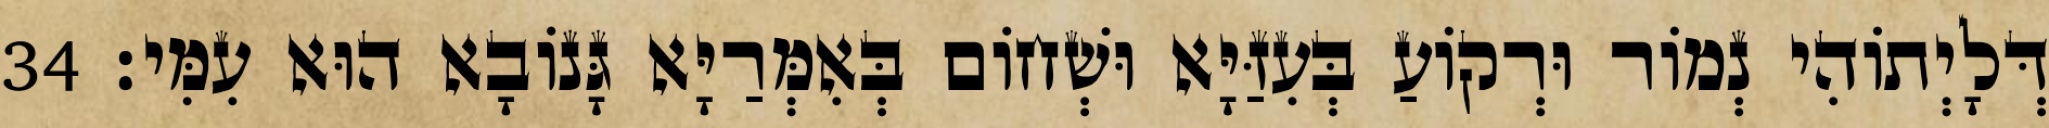
דְּלָיְתוֹהִי נְמוֹר וּרְקוֹעַ בְּעִזַּיָּא וּשְׁחוֹם בְּאִמְּרַיָּא גָּנוֹבָא הוּא עִמִּי׃ 34